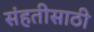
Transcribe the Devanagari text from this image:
संहतीसाठी